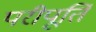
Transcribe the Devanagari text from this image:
परीपूर्ति